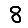
Digit: 8